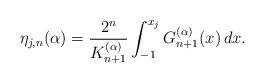
LaTeX: \begin{align*}\eta _{j,n} {(\alpha )} = \frac{{{2^n}}}{{K_{n + 1}^{(\alpha )}}}\int_{-1}^{{x_{j}}} {G_{n + 1}^{(\alpha )}(x)\,dx}.\end{align*}